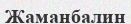
Жаманбалин